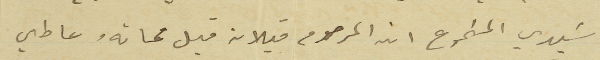
سَيدي المسَموع ان المرحوم قبلان قبل مماتهُ عاطي